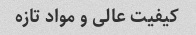
کیفیت عالی و مواد تازه